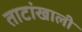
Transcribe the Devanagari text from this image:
ताटांखाली